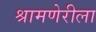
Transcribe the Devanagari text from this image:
श्रामणेरीला